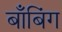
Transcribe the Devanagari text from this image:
बाँबिंग